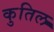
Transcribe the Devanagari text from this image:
कुतिल